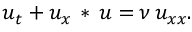
u _ { t } + u _ { x } \, * \, u = \nu \, u _ { x x } .